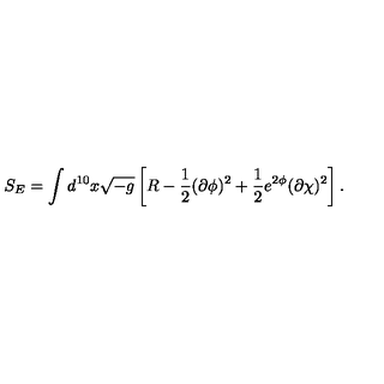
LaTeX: S _ { E } = \int d ^ { 1 0 } x \sqrt { - g } \left[ R - \frac { 1 } { 2 } ( \partial \phi ) ^ { 2 } + \frac { 1 } { 2 } e ^ { 2 \phi } ( \partial \chi ) ^ { 2 } \right] .